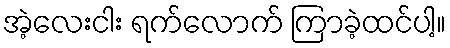
အဲ့လေးငါး ရက်လောက် ကြာခဲ့ထင်ပါ့။